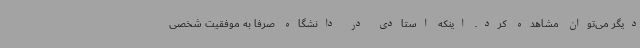
دیگر می‌توان مشاهده کرد. اینکه استادی در دانشگاه صرفا به موفقیت شخصی